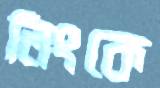
লিংকে